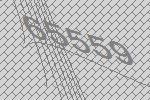
65559